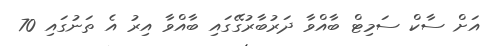
އަށް ސާކް ސަމިޓް ބާއްވާ ދަރުބާރުގޭގައި ބާއްވާ އިރު އެ ތަނުގައި 70